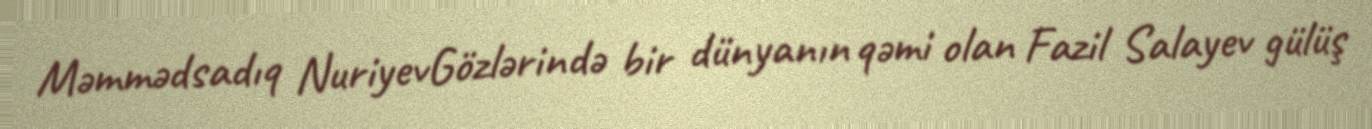
Məmmədsadıq NuriyevGözlərində bir dünyanın qəmi olan Fazil Salayev gülüş